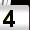
Digit: 4